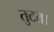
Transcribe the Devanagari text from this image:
तुटता